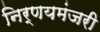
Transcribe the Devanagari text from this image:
निर्णयमंजरी